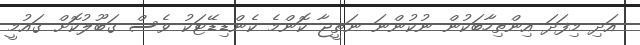
އަދި މިފަދަ އިންތިހާބަކުން ނުކުންނަ ނަތީޖާ ކޮންމެ ކެންޑިޑޭޓަކު ވެސް ގަބޫލުކޮށް ގައުމީ